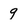
Character: 9